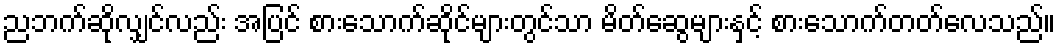
ညဘက်ဆိုလျှင်လည်း အပြင် စားသောက်ဆိုင်များတွင်သာ မိတ်ဆွေများနှင့် စားသောက်တတ်လေသည်။